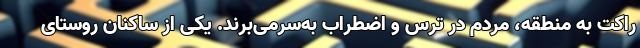
راکت به منطقه، مردم در ترس و اضطراب به‌سرمی‌برند. یکی از ساکنان روستای